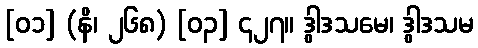
[၀၁] (နိ၊ ၂၆၈) [၀၃] ၄၂၇။ ဒွါဒသမေ၊ ဒွါဒသမ